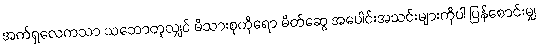
အက်ရှလေကသာ သဘောတူလျှင် မိသားစုကိုရော မိတ်ဆွေ အပေါင်းအသင်းများကိုပါ ပြန်စောင်းမျှ